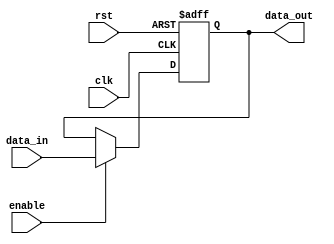
module ForwardingRegister #(
    parameter DATA_WIDTH = 32  // Parameter to define the width of the data
)(
    input wire clk,             // Clock signal
    input wire rst,             // Asynchronous reset signal
    input wire [DATA_WIDTH-1:0] data_in, // Data input
    input wire enable,          // Enable signal
    output reg [DATA_WIDTH-1:0] data_out // Data output
);

// Asynchronous reset and synchronous update on clock edge
always @(posedge clk or posedge rst) begin
    if (rst) begin
        data_out <= {DATA_WIDTH{1'b0}}; // Clear register (set to 0)
    end else if (enable) begin
        data_out <= data_in; // Update register with data_in
    end
    // If enable is not asserted, retain the previous value of data_out
end

endmodule